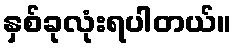
နှစ်ခုလုံးရပါတယ်။